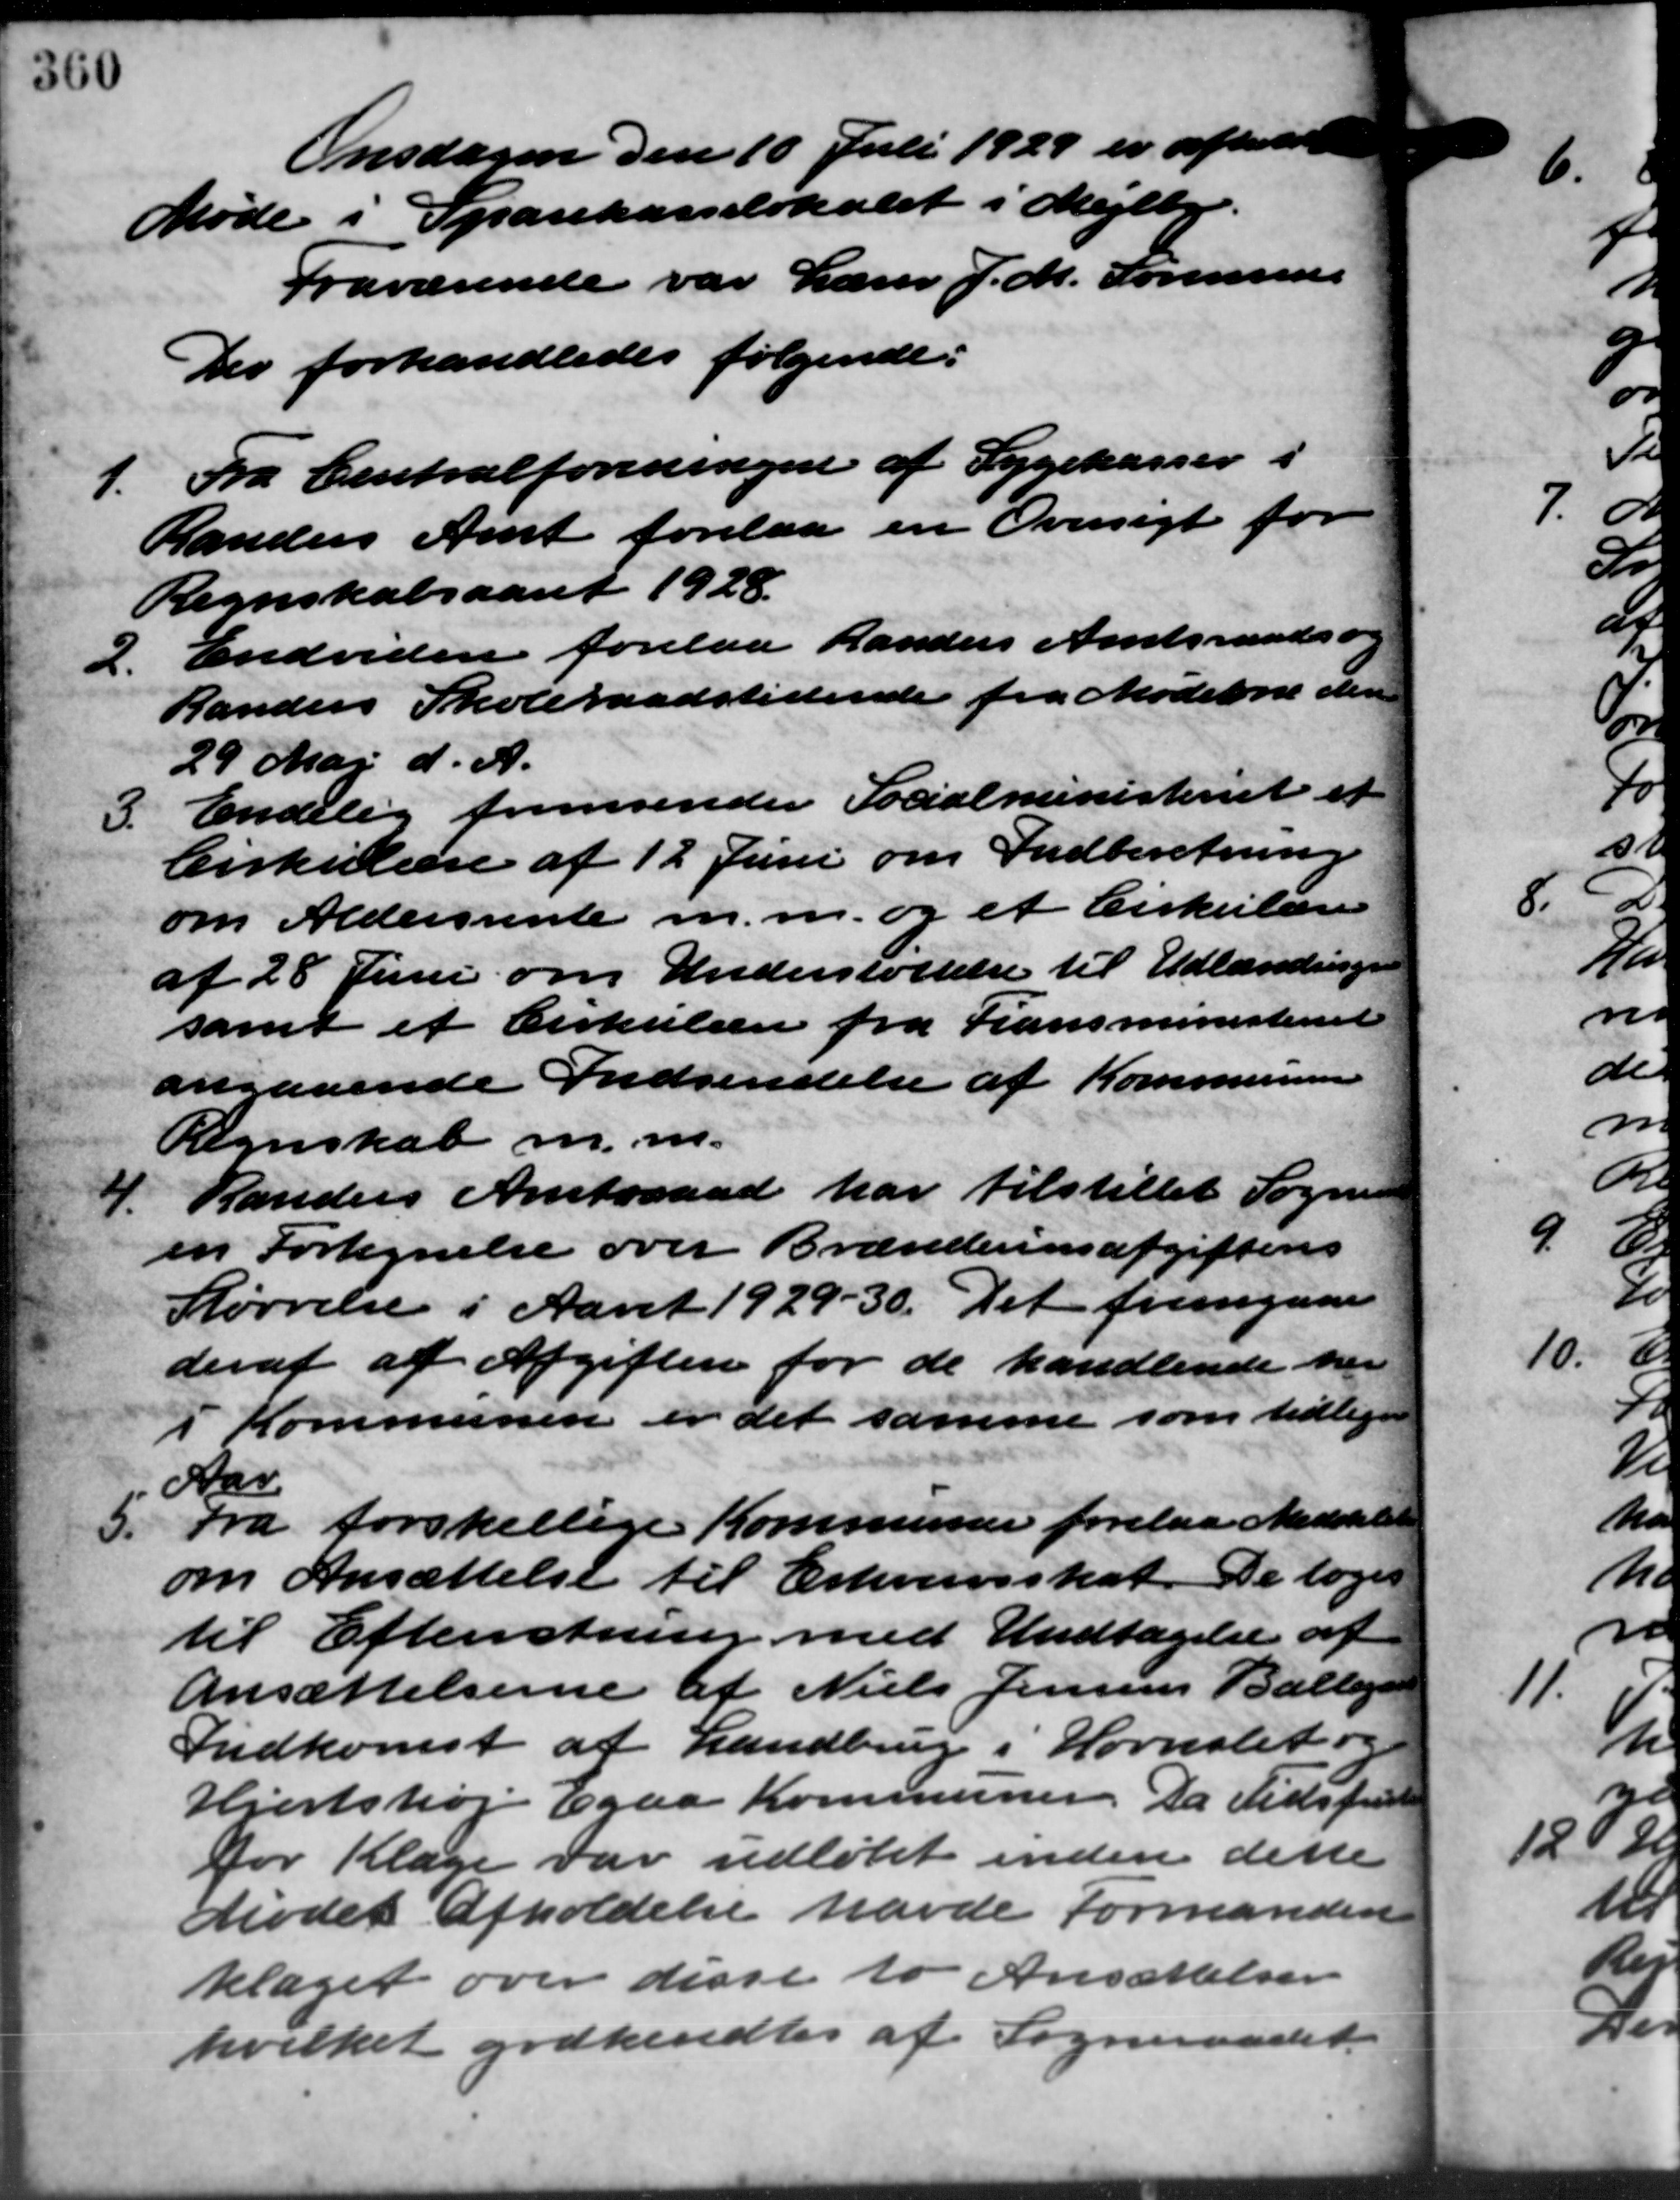
Transskription:
Onsdagen den 10 Juli 1929 er afholdt
Møde i Sparekasselokalet i Mejlby.
Fraværende var Lærer J. M. Sørensen
Der forhandledes følgende:
1. Fra Centralforeningen af Sygekasser i
1. Fra Centralforeningen af Sygekasser i
Randers Amt forelaa en Oversigt for
Regnskabsaaret 1928.
2. Endvidere forelaa Randers Amtsraads-
2. Endvidere forelaa Randers Amtsraads-
Randers Skoleraadstidende fra Møderne den
29 Maj d. A.
3. Endelig fremsender Socialministeriet er
3. Endelig fremsender Socialministeriet er
Cirkulære af 12 Juni om Indberetning
om Aldersrente m.m. og et Cirkulære
af 28 Juni om Understøttelse til Udlændingen
samt et Cirkulære fra Lansministeriet
angaaende Indsendelse af Kommunen
Regnskab m.m.
4. Randers Amtsraad har tilstillet Sogner
4. Randers Amtsraad har tilstillet Sogner
en Fortegnelse over Brændevinsafgiftens
Størrelse i Aaret 1929 – 30. Det fremgaar
deraf af Afgiften for de handlende har
i Kommunen er det samme som tidlige
Aar
5. Fra forskellige Kommuner forelaa Meddelelse
5. Fra forskellige Kommuner forelaa Meddelelse
om Ansættelse til Erhvervsskat. De toges
til Efterretning med Undtagelse af
Ansættelserne af Niels Jensens Ballegard
Indkomst af Landbrug i Hornslet og
Hjortshøj Egaa Kommunen. Da Tidsfride
for Klage var udløbet inden dette
Mødet afholdelse havde Formanden
klaget over disse to Ansættelser
hvilket godkendtes af Sogneraadet